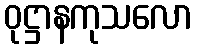
ဝုဋ္ဌာနကုသလော